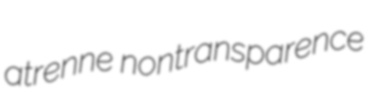
atrenne nontransparence